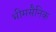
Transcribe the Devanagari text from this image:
भीमसैनिक